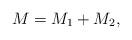
LaTeX: \begin{align*}M &= M_1 + M_2,\end{align*}